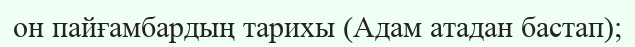
он пайғамбардың тарихы (Адам атадан бастап);